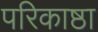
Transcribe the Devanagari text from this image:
परिकाष्ठा